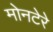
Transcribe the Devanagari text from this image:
मोनटेरे